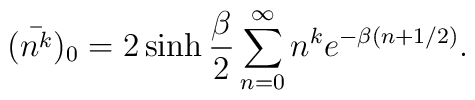
(\bar {n^k})_0 = 2\sinh \frac{\beta}{2} \sum_{n=0}^{\infty} n^{k} e^{-\beta (n+1/2)}.